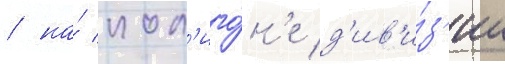
/ на́ пол'иго́н'е д'ив'и́з'ии